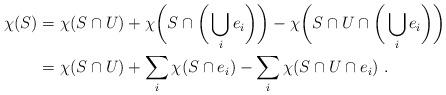
LaTeX: \begin{align*}\begin{aligned}\chi(S) &= \chi(S\cap U) + \chi\bigg(S\cap \bigg(\bigcup_i e_i\bigg)\bigg) - \chi\bigg(S\cap U \cap \bigg(\bigcup_i e_i\bigg)\bigg)\\&=\chi(S\cap U) + \sum_i \chi(S\cap e_i) - \sum_i \chi(S\cap U \cap e_i) \ .\end{aligned}\end{align*}